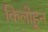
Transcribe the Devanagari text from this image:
किलोहून